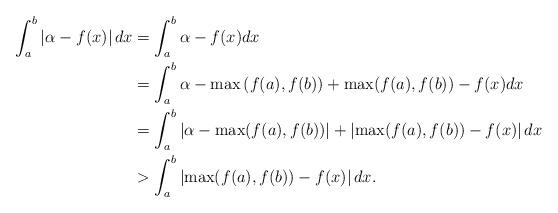
LaTeX: \begin{align*} \int_a^b \left|\alpha - f(x)\right| dx & = \int_a^b \alpha - f(x) dx \\ & = \int_a^b \alpha - \max\left(f(a),f(b)\right) + \max(f(a),f(b)) - f(x) dx \\ & = \int_a^b \left|\alpha-\max(f(a),f(b))\right|+\left|\max(f(a),f(b)) - f(x)\right| dx\\ & > \int_a^b\left|\max(f(a),f(b)) - f(x)\right| dx. \end{align*}